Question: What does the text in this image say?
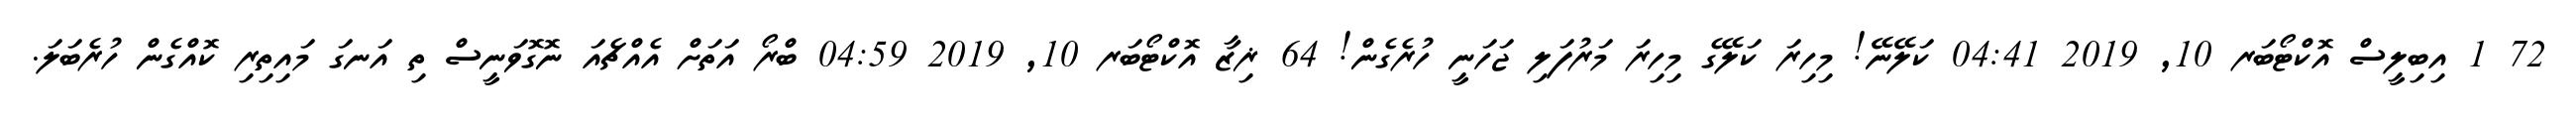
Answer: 72 1 އިބިލީސް އޮކްޓޯބަރ 10, 2019 04:41 ކަލޭނޭ! މިހިރަ ކަލޭގެ މިހިރަ މަރުފަލި ޖަހަނީ ހުރެގެން! 64 ޜިޒާ އޮކްޓޯބަރ 10, 2019 04:59 ބްރޯ އަތަށް އެއްޗެއަ ނޮގޮވަނީސް ތި އަނގަ މައިތިރި ކޮއްގެން ހުރެބަލަ.